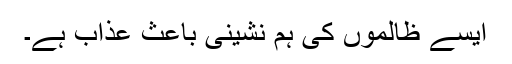
ایسے ظالموں کی ہم نشینی باعث عذاب ہے۔